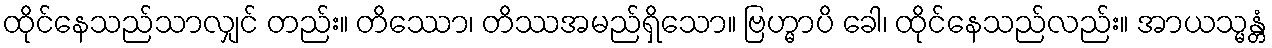
ထိုင်နေသည်သာလျှင် တည်း။ တိဿော၊ တိဿအမည်ရှိသော။ ဗြဟ္မာပိ ခေါ၊ ထိုင်နေသည်လည်း။ အာယသ္မန္တံ